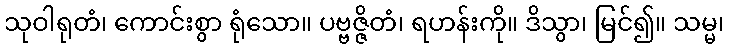
သုဝါရုတံ၊ ကောင်းစွာ ရုံသော။ ပဗ္ဗဇ္ဇိတံ၊ ရဟန်းကို။ ဒိသွာ၊ မြင်၍။ သမ္မ၊